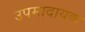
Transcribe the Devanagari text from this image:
उपमादायक